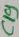
Text: C19